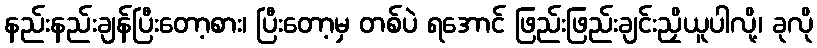
နည်းနည်းချန်ပြီးတော့စား၊ ပြီးတော့မှ တစ်ပဲ ရအောင် ဖြည်းဖြည်းချင်းညှိယူပါလို့၊ ခုလို